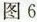
图6